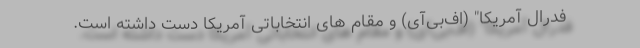
فدرال آمریکا" (اف‌بی‌آی) و مقام های انتخاباتی آمریکا دست داشته است.